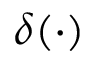
\delta ( \cdot )